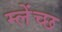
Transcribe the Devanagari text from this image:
म्लेंच्छ